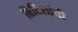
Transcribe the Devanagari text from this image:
ब्रिटिशांची